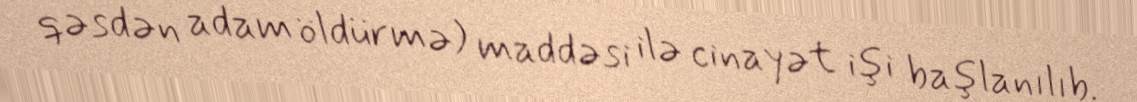
qəsdən adam öldürmə) maddəsi ilə cinayət işi başlanılıb.